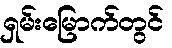
ရှမ်းမြောက်တွင်